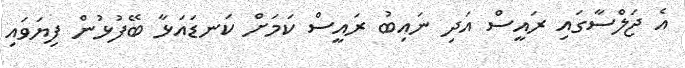
އެ ޖަލްސާގައި ރައީސް އަދި ނައިބު ރައީސް ކަމަށް ކަނޑައަޅާ ބޭފުޅުން ފިޔަވައި